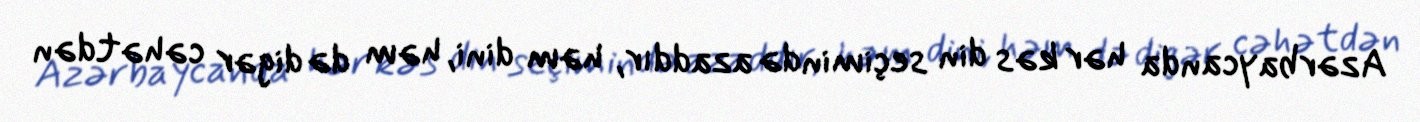
Azərbaycanda hər kəs din seçimində azaddır, həm dini, həm də digər cəhətdən